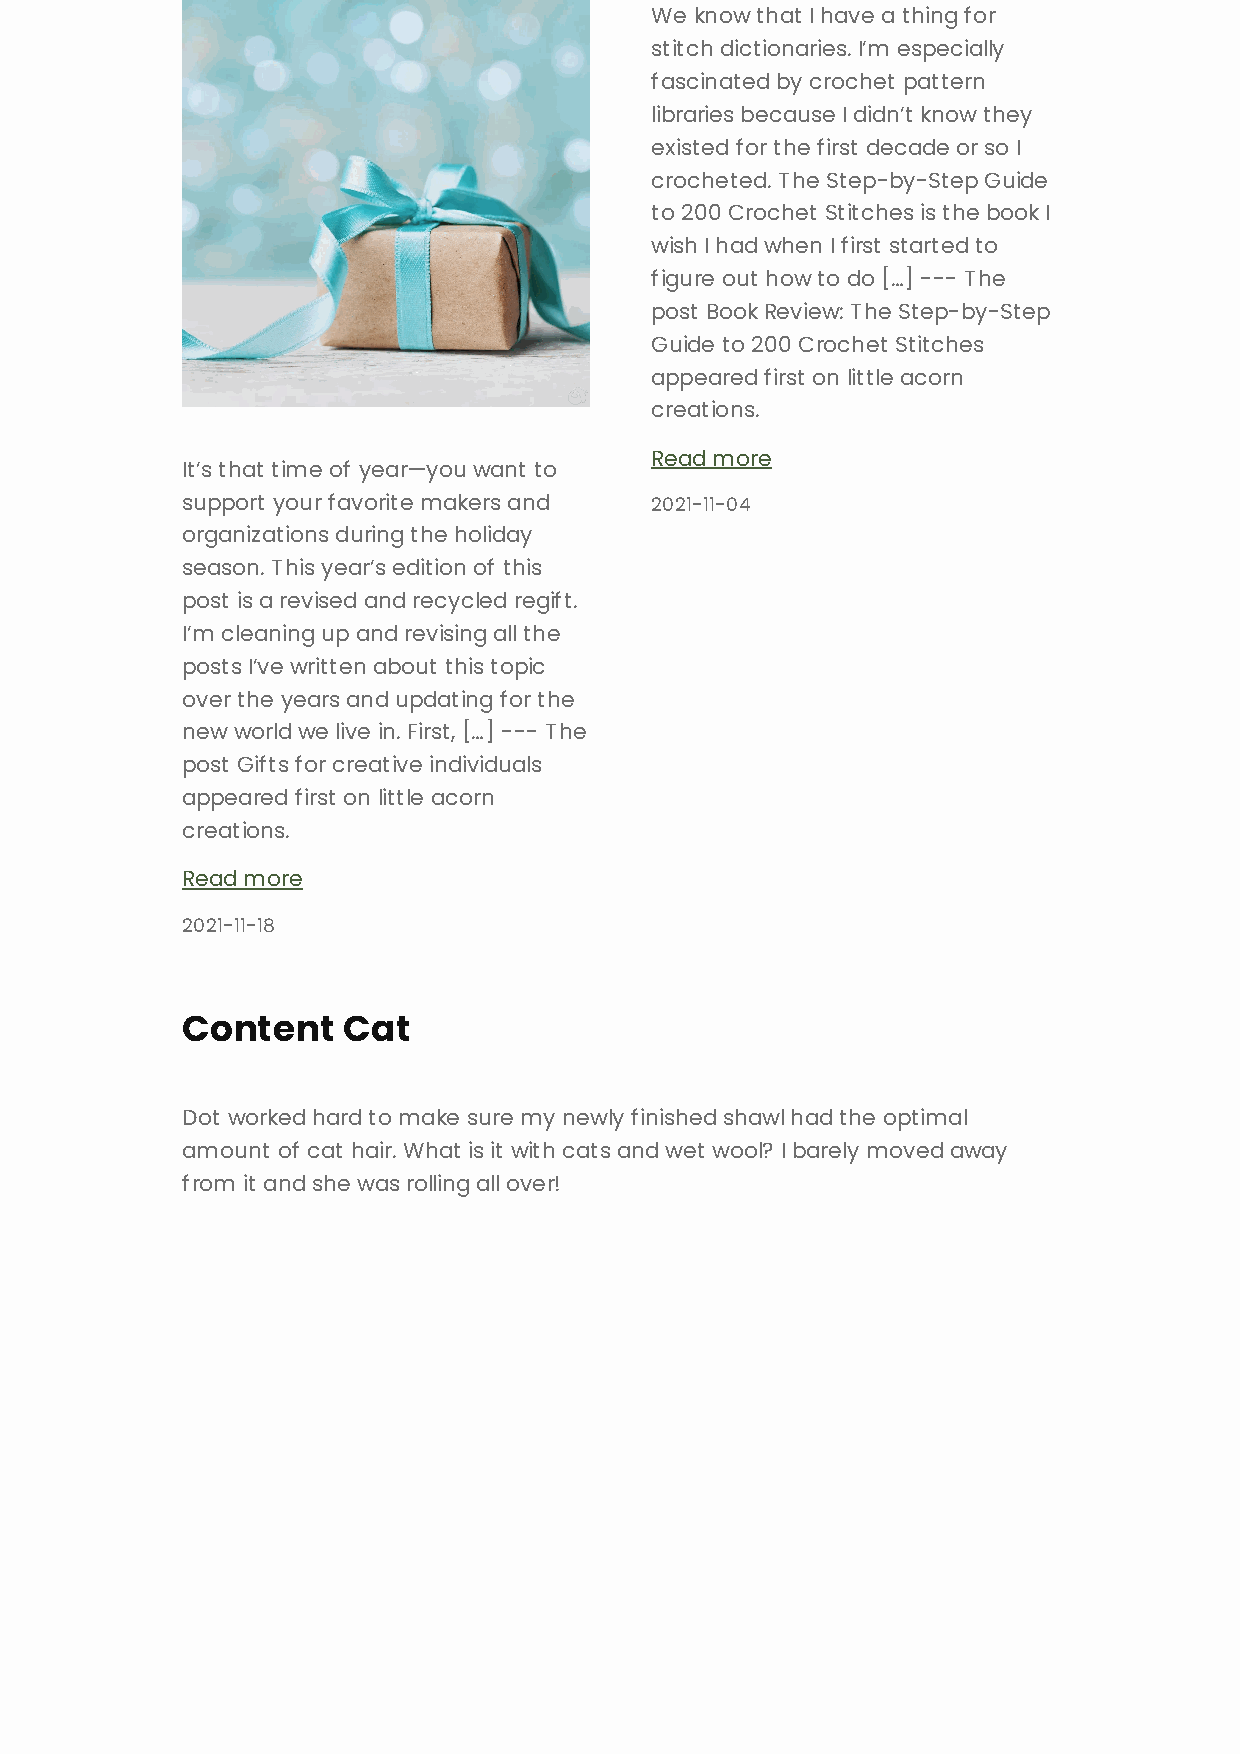
We know that I have a thing for
 stitch dictionaries. I’m especially
 fascinated by crochet pattern
 libraries because I didn’t know they
 existed for the first decade or so I
 crocheted. The Step-by-Step Guide
 to 200 Crochet Stitches is the book I
 wish I had when I first started to
 figure out how to do […] --- The
 post Book Review: The Step-by-Step
 Guide to 200 Crochet Stitches
 appeared first on little acorn
 creations.
 Read more
 It’s that time of year—you want to
 support your favorite makers and 2021-11-04
 organizations during the holiday
 season. This year’s edition of this
 post is a revised and recycled regift.
 I’m cleaning up and revising all the
 posts I’ve written about this topic
 over the years and updating for the
 new world we live in. First, […] --- The
 post Gifts for creative individuals
 appeared first on little acorn
 creations.
 Read more
 2021-11-18
 Content    Cat
 Dot worked hard to make sure my newly finished shawl had the optimal
 amount of cat hair. What is it with cats and wet wool? I barely moved away
 from it and she was rolling all over!